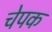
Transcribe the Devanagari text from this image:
चेपक